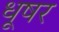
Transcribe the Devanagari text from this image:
धूषर